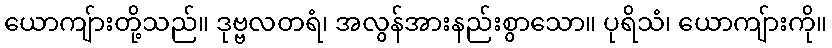
ယောကျ်ားတို့သည်။ ဒုဗ္ဗလတရံ၊ အလွန်အားနည်းစွာသော။ ပုရိသံ၊ ယောကျ်ားကို။